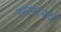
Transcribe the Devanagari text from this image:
सस्दस्य